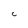
Character: c